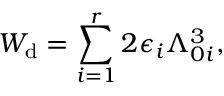
W _ { \mathrm { d } } = \sum _ { i = 1 } ^ { r } 2 \epsilon _ { i } \Lambda _ { 0 i } ^ { 3 } ,